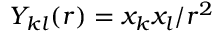
Y _ { k l } ( r ) = x _ { k } x _ { l } / r ^ { 2 }